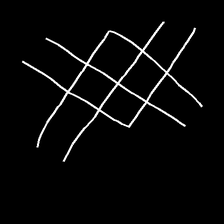
Glyph: crystal